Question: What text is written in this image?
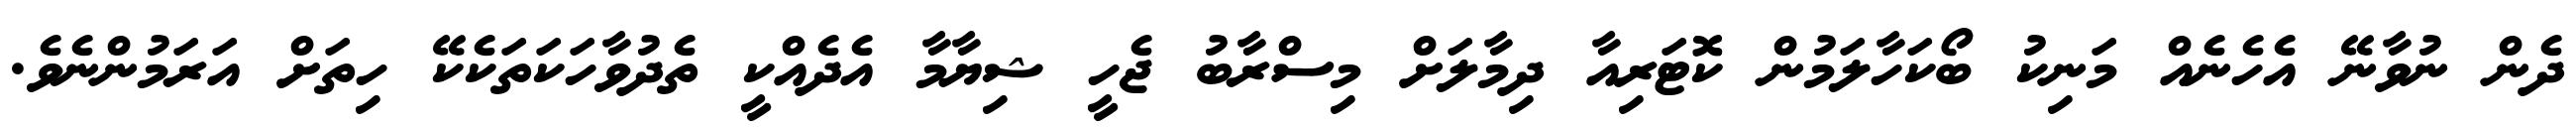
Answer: ދެން ނުވާނޭ އެހެނެއް މަނިކު ބޯކަހާލަމުން ކޮޓަރިއާ ދިމާލަށް މިސްރާބު ޖެހީ ޝިޔާމާ އެދެއްކީ ތެދުވާހަކަތަކެކޭ ހިތަށް އަރަމުންނެވެ.